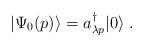
LaTeX: \begin{align*}|\Psi_0(p) \rangle = a^\dagger_{\lambda p} |0 \rangle \; .\end{align*}